Report on the administration of the Government Cinchona Department 1892-98
Year: 1892
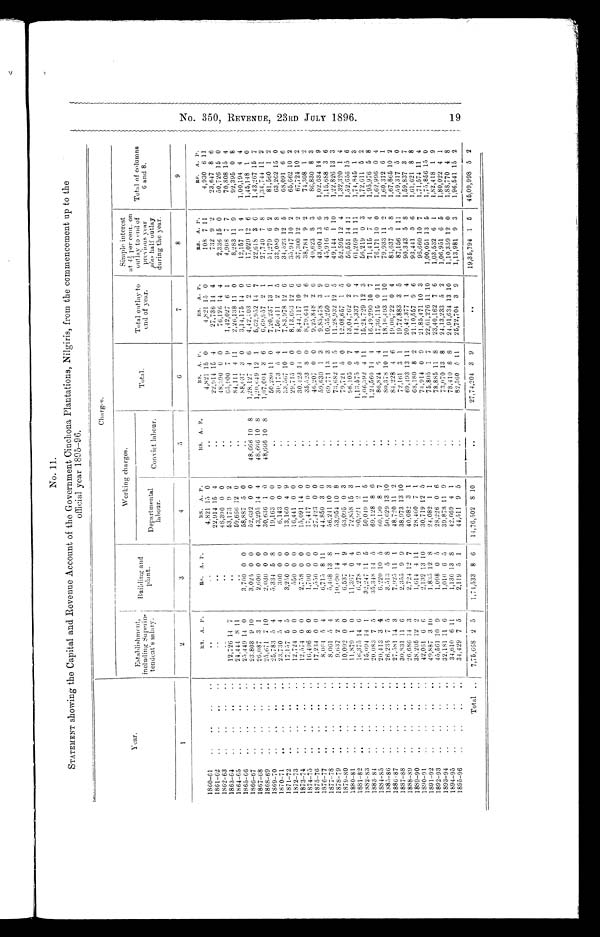
No. 11.
STATEMENT showing the Capital and Revenue Account of the Government Cinchona Plantations, Nilgiris, from the commencement up to the
official year 1895-96.
Year.
Charges.
E s t a b l i s h m e n t ,
including Superin-
tendent's salary.
Building and
p l a n t .
Working charges.
.
Total.
Total outlay to
end of year.
Simple interest
at 4½ per cent. on
outlay to end of
previous year
plus half outlay
during the year.
Total of columns
6 and 8.
Departmental
labour.
Convict labour.
1
2
3
4
5
6
7
8
9
RS. A. P.
RS.
A.
P .
R S . A. P .
RS. A. P.
RS. A. P.
RS. A. P.
R. A. P.
RS. A. P.
1860-61
..
..
..
-
..
.
4,821 15 0
. .
4,821 15 0
4,821 15 0
108 7 11
4,930 6 11
1861-62
..
....
..
..
22,914 15 4
..
22,914 15 4
27,736 14 4
7 3 2 9 2
23,647 8 6
1562-63
..
....
..
..
..
48,390 0
0
..
4 8 , 3 9 0 0 0
76,126 14 4
2,336 15 0
50,726 15 0
1863-64
..
..
..
12,726 14 7
..
53,173 9 2
65,900 7 9
1,42,027 6 1
4,908 7 7
70,808 15 4
1864-65
..
..
.,
..
24,444
8
1 1
. .
59,666 12 0
..
84,111 4 11
2 , 2 6 , 1 3 8 11 0
8,283 11 9
92,395 0 8
1865-66
..
..
...
25,449 14 0
3,700 0 0
58,887 5 0
..
8 8 , 0 3 7 3 0
3,14,175 14 0
12,157 1 4
1.00,194 4 4
1866-67
..
-
-
..
23,808 9 10
3,025 0 0
52,632 0 0
48,666 10 8
1,28,127 4 6
4 , 4 2 , 3 0 3 2 6
17,020 12 6
1,45,148 1 0
1867-68
..
..
..
..
26,087 3 1
2 , 6 0 0 0 0
43,295 14 4
4 8 , 6 6 6 10 8
1,20,649 12 1
5,62,952
1 4 7
22,618 3 6
1 , 4 3 , 2 6 7 15 7
1868-69..
..
..
. .
2 5 , 6 7 1 7 10
2,030 0 0
30,636 1 0
48,666 10 8
1,07,004 3 6
6,69,957 2 1
27,740 7
8
1,34,744 11 2
1869-70..
..
..
..
25,783 5 4
5,334 5 8
19,163 0 0
..
50,280 11 0
7,20,237 13 1
3 1 , 2 7 9 6 2
81,560 1 2
1870-71
..
..
. ...
2 3 , 7 3 0 5 4
300 0 0
6,143 0
..
30,173 5 4
7,50.411 2 5
33,089 9 8
6 3 , 2 6 2 15 0
1871-72
.
..
..
..
17,157 5 5
3,250 0 0
13,160 4 9
..
33,567 10 1
7,83,978 12 6
34,523 12 5
68,091 6 6
1872-73
..
..
..
-
12,724 0 0
550 0
0
16,441 0
0
..
29,715 0 0
8 , 1 3 , 6 9 3 12 6
35,947 10 2
65,662 10 2
1873-74
..
..
..
-
12,574 0 0
2,758 0 0
15,091 14
0
..
30,423 14 0
8,44,117 10 6
37,300 12 2
67,724 10 2
1874-75
..
..
..
..
16,406 8 0
1,700 0 0
17,417 0
..
35,523
8 0
8 , 7 9 . 6 4 1 2 6
38,784 9 2
74,308 1 2
1875-76
17,234 0 0
1,550 0 0
27.423 0 0
..
46,207 0 0
9,25,818 2 6
40,623
8 3
86,830 8 3
1876-77
..
..
. . -
8,064 5 4
6,715 8 11
44,850 3
0 .
59,630 1 3
9,85,478 3 9
43,004 13 6
1,02,634 14 9
1877-78
..
..
..
..
8,061 5 4
5 , 4 6 8 13 8
56,241 10
3 .
.
69,771 13 3
1 0 , 5 5 , 2 5 0 1 0
45,916 6 3
1,15,688 3 6
1878-79
..
..
..
9 , 6 3 7 2 8
10,690 14 1
53,954 10
8 .
.
73,682 11 5
11,28,932 12 5
49,144 1 10
1,22,826 13 3
1879-80
„
..
..
..
10,092 0 0
6,537 4 9
63,095 0
3
..
79,724 5 0
12,08,657 1 5
52,595 12 4
1,32,320 1 4
1880-81
..
..
..
..
11,879 1 0
11,367 0 4
72,858 15
3
..
96,105 0 7
13,04,762 2 0
56,551 14 1 1
1,52,656 15 6
1881-82
..
..
..
„
16,375 14 6
6,278 4 9
90,921 2
1
..
1,13,575 5 4
14,18,337 7 4
61,269 11 11
1,74,845 1 3
1882-83
..
..
..
..
15,094 14 1
32,247 11 5
5 0 , 0 4 9 11 5
. .
1,06,392 4 11
15,24.729 12 3
56,219 0 3
1,72,611 5 2
1883- 84
..
..
, .
..
20.083 7 5
35.348 14 5
69.128 8
6 .
.
1,24,960 14 4
16.49,290 10 7
71,415 7 4
1,95,976 5 8
1884-85
..
..
..
20,413 3 4
6.220 10 5
60.190 8 7
..
86,824 6 4
17,36,115 0 11
76,171 10 0
1,62,996 0 4
1885-86
. .
2 6 , 2 3 5 7 5
3.513 5
8
50,629 13 10
80,378 10 11
18,16,493 11 10
7 9 , 9 3 3 11 2
1,60,312 6 1
1886-87
..
..
..
.
27,581 14 3
7,925 11 1
48.720 11
2 .
84,228 4 6
19,00,722 0 4
83,637 5 8
1,67,865 10 2
1887-88
..
..
30,831 11 6
2,355 9 9
38,973 13 1 0
. .
72,161 3 1
19,72.883 3 5
87,156 1 11
1,59,317 5 0
1888-89
..
..
..
..
26,686 14 3
2.724 12 7
40,082 3
1
. •
69,493 13 11
20,42,377 1 4
90,343 5 8
1,59,837 3 7
1889-90
„
..
..
..
38.205 12 2
1,614 4 11
28,460 7
1 .
.
68,180 8 2
21,10,557 9 6
93,441 0 6
1,61,621 61 621 8 8
1890-91
..
..
..
..
42,061 6 6
2,132 13 10
30,719 12
5
..
74,914 0 9
21,85,471 10 3
96,660 10 7
1,71,574 11 4
1891-92
..
....
..
49,887 3 10
1.835 12
8
24,082 1 1
. .
75,805 1 7
22,61,276 11 10
1,00,051 13 5
1,75,856 15 0
1892-93
..
..
..
..
45,561 10 9
1,098 0 5
28,226 0
6 .
.
78,885 11 8
23,40,162 7 6
1,03,532 6 1
1,82,418 1 9
1893-94. .
. .
. . ..
32,181 11 6
1,010 6 5
39,878 11 9
"
73,070 13 8
24,13,233 5 2
1,06,951 6 5
1,80,022 4 1
1894-95
..
..
..
-
34,610 6 11
1,130 13
8
4 2 , 6 6 9 4
1
"
78,410 8 8
24,91,634 13 10
1,10,359 12 0
1,88,770 4 8
1895-96
..
..
..
..
34,429 7 5
2,119
5
1
44,511 9
5
"
82,560 5 11
25,72,704 3 9
1,13,981 9 3
1,96,541 15 2
Total ..
7,75,668 2 5
1,74,533 8 6
14,76,502 8 10
• •
27,74,204 3 9
..
19,35,794 1 5
45,09,998 5 2
N o . 3 5 0 , R E V E N U E , 2 3 R D J U L Y 1 8 9 6 . 1 9